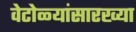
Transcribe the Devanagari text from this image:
वेटोळ्यांसारख्या